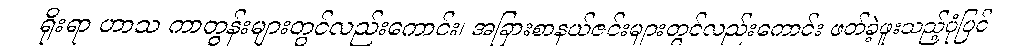
ရိုးရာ ဟာသ ကာတွန်းများတွင်လည်းကောင်း၊ အခြားစာနယ်ဇင်းများတွင်လည်းကောင်း ဖတ်ခဲ့ဖူးသည့်ပုံပြင်